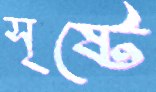
সৃষ্টে